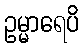
ဥမ္မာရေပိ